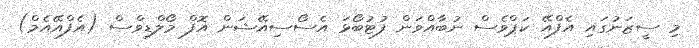
މި ސީޒަނުގައި އެފްއޭ ކަޕްވެސް ނުބާއްވަން ފުޓުބޯޅަ އެސޯސިއޭޝަން އޮފް މޯލްޑިވްސް (އެފްއޭއެމް)